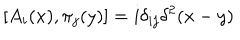
LaTeX: \left[ A _ { i } ( x ) , \pi _ { j } ( y ) \right] = i \delta _ { i j } \delta ^ { 2 } ( x - y )